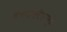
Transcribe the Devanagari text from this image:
कर्जबाजारीपणामुळे